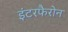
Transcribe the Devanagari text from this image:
इंटरफैरोन